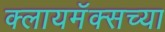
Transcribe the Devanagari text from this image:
क्लायमॅक्सच्या